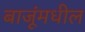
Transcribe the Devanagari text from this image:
बाजूंमधील